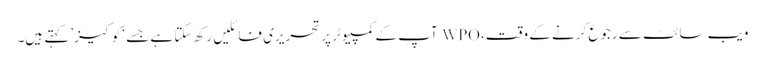
ویب سائٹ سے رجوع کرنے کے وقت، WPO آپ کے کمپیوٹر پر تحریری فائلیں رکھ سکتا ہے جسے ‘کوکیز’ کہتے ہیں۔